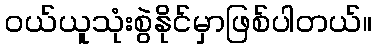
ဝယ်ယူသုံးစွဲနိုင်မှာဖြစ်ပါတယ်။